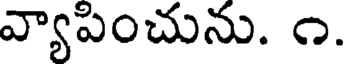
వ్యాపించును. ౧.